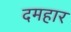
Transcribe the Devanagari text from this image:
दमहार